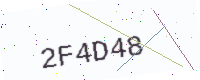
Text: 2F4D48